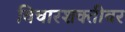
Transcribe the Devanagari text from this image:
विचारशक्तीवर